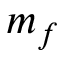
m _ { f }